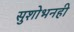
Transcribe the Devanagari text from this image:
सुशोभनही